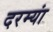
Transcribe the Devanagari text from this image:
दरम्यां